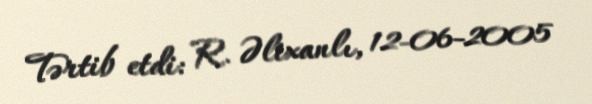
Tərtib etdi: R. Əlixanlı, 12-06-2005